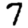
Digit: 7